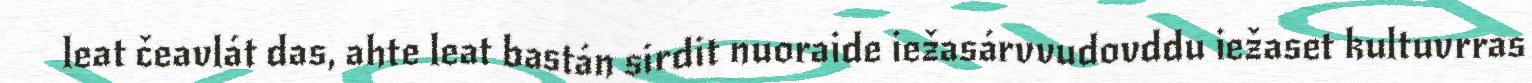
leat čeavlát das, ahte leat bastán sirdit nuoraide iežasárvvudovddu iežaset kultuvrras